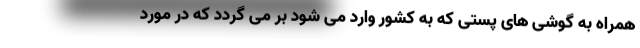
همراه به گوشی های پستی که به کشور وارد می شود بر می گردد که در مورد